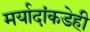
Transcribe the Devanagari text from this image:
मर्यादांकडेही